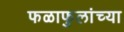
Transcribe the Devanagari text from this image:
फळाफुलांच्या